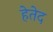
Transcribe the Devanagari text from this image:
हेतेद